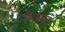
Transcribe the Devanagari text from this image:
रोज़वूड